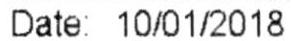
DATE: 10/01/2018